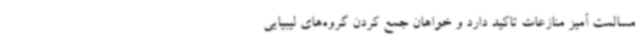
مسالمت آمیز منازعات تاکید دارد و خواهان جمع کردن گروه‌های لیبیایی